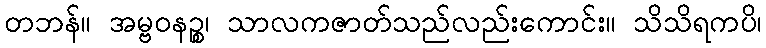
တဘန်။ အမ္ဗဝနဉ္စ၊ သာလကဇာတ်သည်လည်းကောင်း။ သိသိရကပိ၊